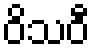
ဝိသဝီ